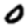
Digit: 0